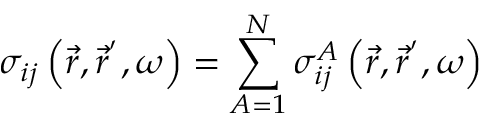
\sigma _ { i j } \left( \vec { r } , \vec { r } ^ { ^ { \prime } } , \omega \right) = \sum _ { A = 1 } ^ { N } \sigma _ { i j } ^ { A } \left( \vec { r } , \vec { r } ^ { ^ { \prime } } , \omega \right)